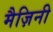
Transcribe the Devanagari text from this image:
मैज़िनी